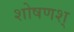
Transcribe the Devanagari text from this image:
शोषणश्